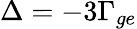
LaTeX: \Delta=-3\Gamma_{ge}